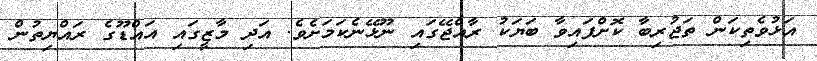
އަޅުވެތިކަން ތަޖުރިބާ ކޮށްފައިވާ ބަޔަކު ރާއްޖޭގައި ނޫޅޭނެކަމަށެވެ. އަދި މާޒީގައި އައްޑޫގެ ރައްޔިތުން